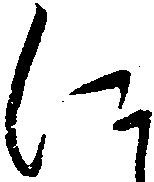
に